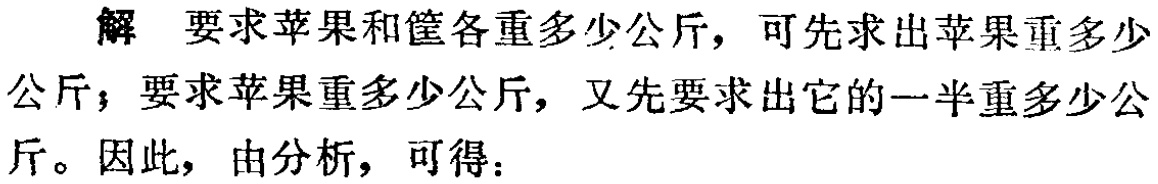
解 要求苹果和筐各重多少公斤，可先求出苹果重多少公斤；要求苹果重多少公斤，又先要求出它的一半重多少公斤。因此，由分析，可得：